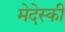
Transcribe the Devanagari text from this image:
मेदेस्की